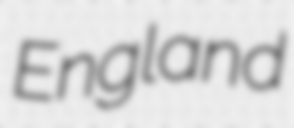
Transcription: England